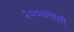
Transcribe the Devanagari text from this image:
२००७साली